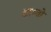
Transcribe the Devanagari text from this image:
टाम्बो